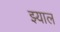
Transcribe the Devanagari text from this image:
झ्याल